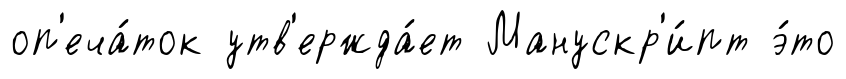
оп'еча́ток утв'ержда́ет Манускр'и́пт э́то